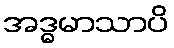
အဒ္ဓမာသာပိ